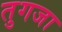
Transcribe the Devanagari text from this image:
तुगजा